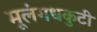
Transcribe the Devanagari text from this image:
मूलंगधकुटी